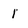
Character: 1